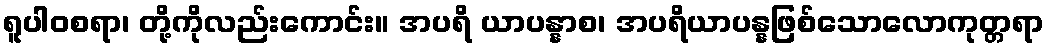
ရူပါဝစရာ၊ တို့ကိုလည်းကောင်း။ အပရိ ယာပန္နာစ၊ အပရိယာပန္နဖြစ်သောလောကုတ္တရာ